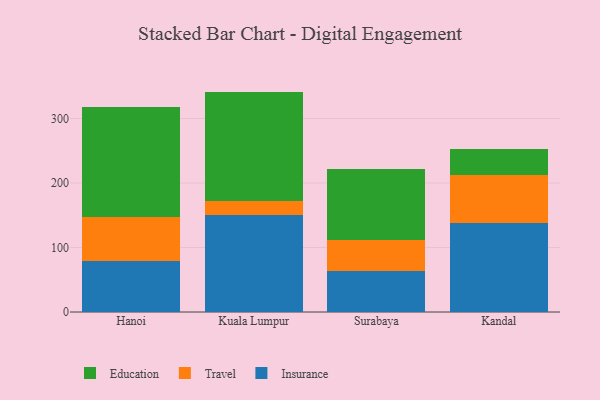
{"axis": {"x": "City", "y": "Demand Index"}, "legend": ["Education", "Insurance", "Travel"], "data": [{"x": "Hanoi", "y": 78.6, "type": "Insurance"}, {"x": "Hanoi", "y": 68.0, "type": "Travel"}, {"x": "Hanoi", "y": 171.0, "type": "Education"}, {"x": "Kuala Lumpur", "y": 150.8, "type": "Insurance"}, {"x": "Kuala Lumpur", "y": 22.0, "type": "Travel"}, {"x": "Kuala Lumpur", "y": 168.9, "type": "Education"}, {"x": "Surabaya", "y": 63.3, "type": "Insurance"}, {"x": "Surabaya", "y": 48.2, "type": "Travel"}, {"x": "Surabaya", "y": 110.5, "type": "Education"}, {"x": "Kandal", "y": 137.3, "type": "Insurance"}, {"x": "Kandal", "y": 75.6, "type": "Travel"}, {"x": "Kandal", "y": 39.2, "type": "Education"}]}